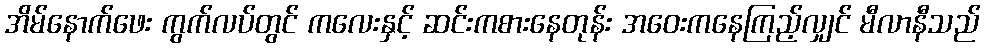
အိမ်နောက်ဖေး ကွက်လပ်တွင် ကလေးနှင့် ဆင်းကစားနေတုန်း အဝေးကနေကြည့်လျှင် မီလာနီသည်